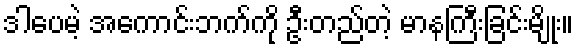
ဒါပေမဲ့ အကောင်းဘက်ကို ဦးတည်တဲ့ မာနကြီးခြင်းမျိုး။